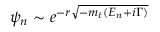
\psi _ { n } \sim e ^ { - r \sqrt { - m _ { t } ( E _ { n } + i \Gamma ) } }